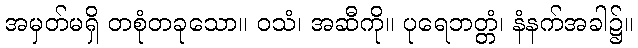
အမှတ်မရှိ တစုံတခုသော။ ဝသံ၊ အဆီကို။ ပုရေဘတ္တံ၊ နံနက်အခါ၌။